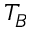
T _ { B }